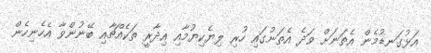
އަޅުގަނޑުމެން އެތަނަށް ވަދެ އެތަނުގައި ހުރި ލިޔެކިޔުމާއި އިދާރީ ތަކެއްޗާއި ބޭނުންވާ އެހެނިހެން